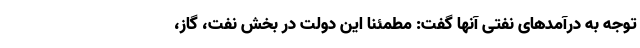
توجه به درآمدهای نفتی آنها گفت: مطمئناً این دولت در بخش نفت، گاز،